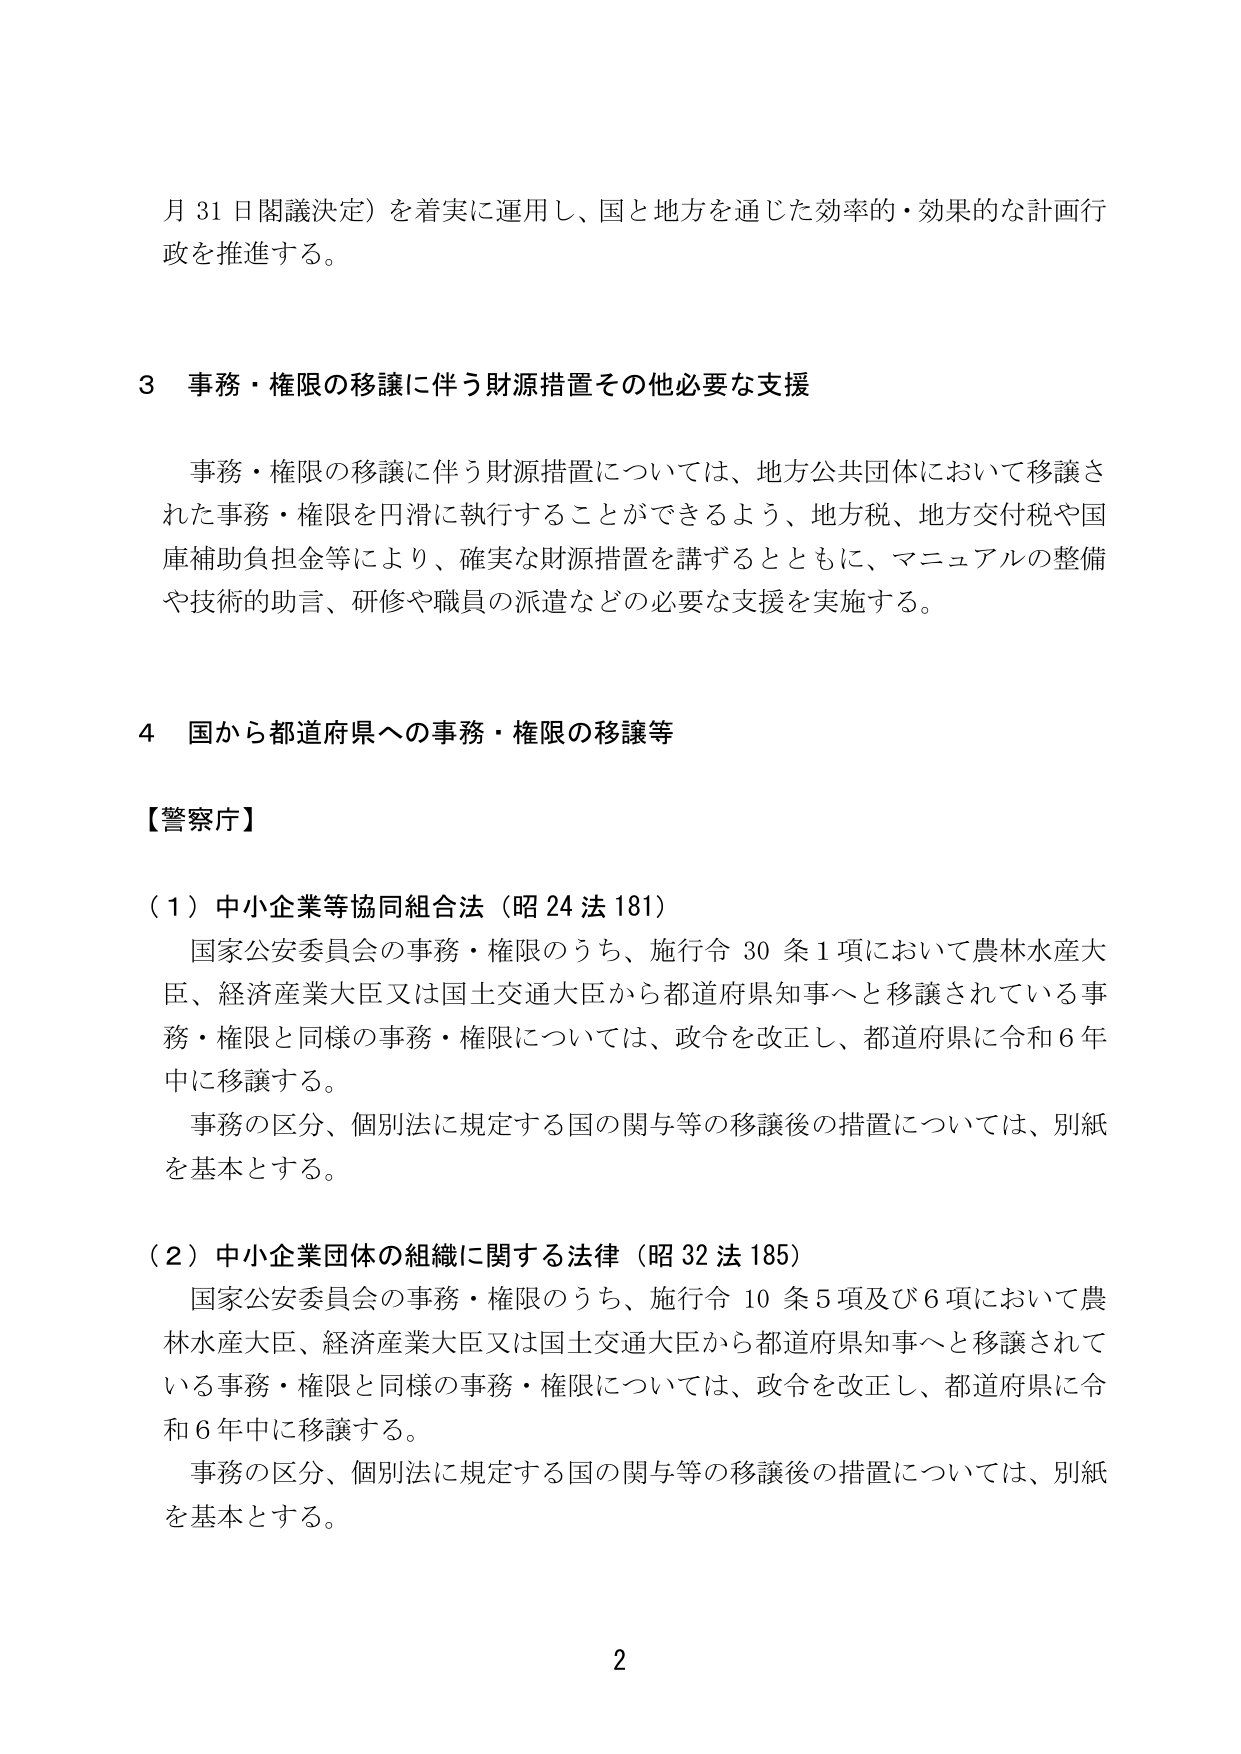
月31日閣議決定）を着実に運用し、国と地方を通じた効率的・効果的な計画行政を推進する。

3 事務・権限の移譲に伴う財源措置その他必要な支援

事務・権限の移譲に伴う財源措置については、地方公共団体において移譲された事務・権限を円滑に執行することができるよう、地方税、地方交付税や国庫補助負担金等により、確実な財源措置を講ずるとともに、マニュアルの整備や技術的助言、研修や職員の派遣などの必要な支援を実施する。

4 国から都道府県への事務・権限の移譲等

【警察庁】

（1）中小企業等協同組合法（昭24法181）

国家公安委員会の事務・権限のうち、施行令30条1項において農林水産大臣、経済産業大臣又は国土交通大臣から都道府県知事へと移譲されている事務・権限と同様の事務・権限については、政令を改正し、都道府県に令和6年中に移譲する。

事務の区分、個別法に規定する国の関与等の移譲後の措置については、別紙を基本とする。

（2）中小企業団体の組織に関する法律（昭32法185）

国家公安委員会の事務・権限のうち、施行令10条5項及び6項において農林水産大臣、経済産業大臣又は国土交通大臣から都道府県知事へと移譲されている事務・権限と同様の事務・権限については、政令を改正し、都道府県に令和6年中に移譲する。

事務の区分、個別法に規定する国の関与等の移譲後の措置については、別紙を基本とする。

2